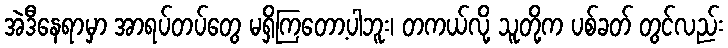
အဲဒီနေရာမှာ အာရပ်တပ်တွေ မရှိကြတော့ပါဘူး၊ တကယ်လို့ သူတို့က ပစ်ခတ် တွင်လည်း